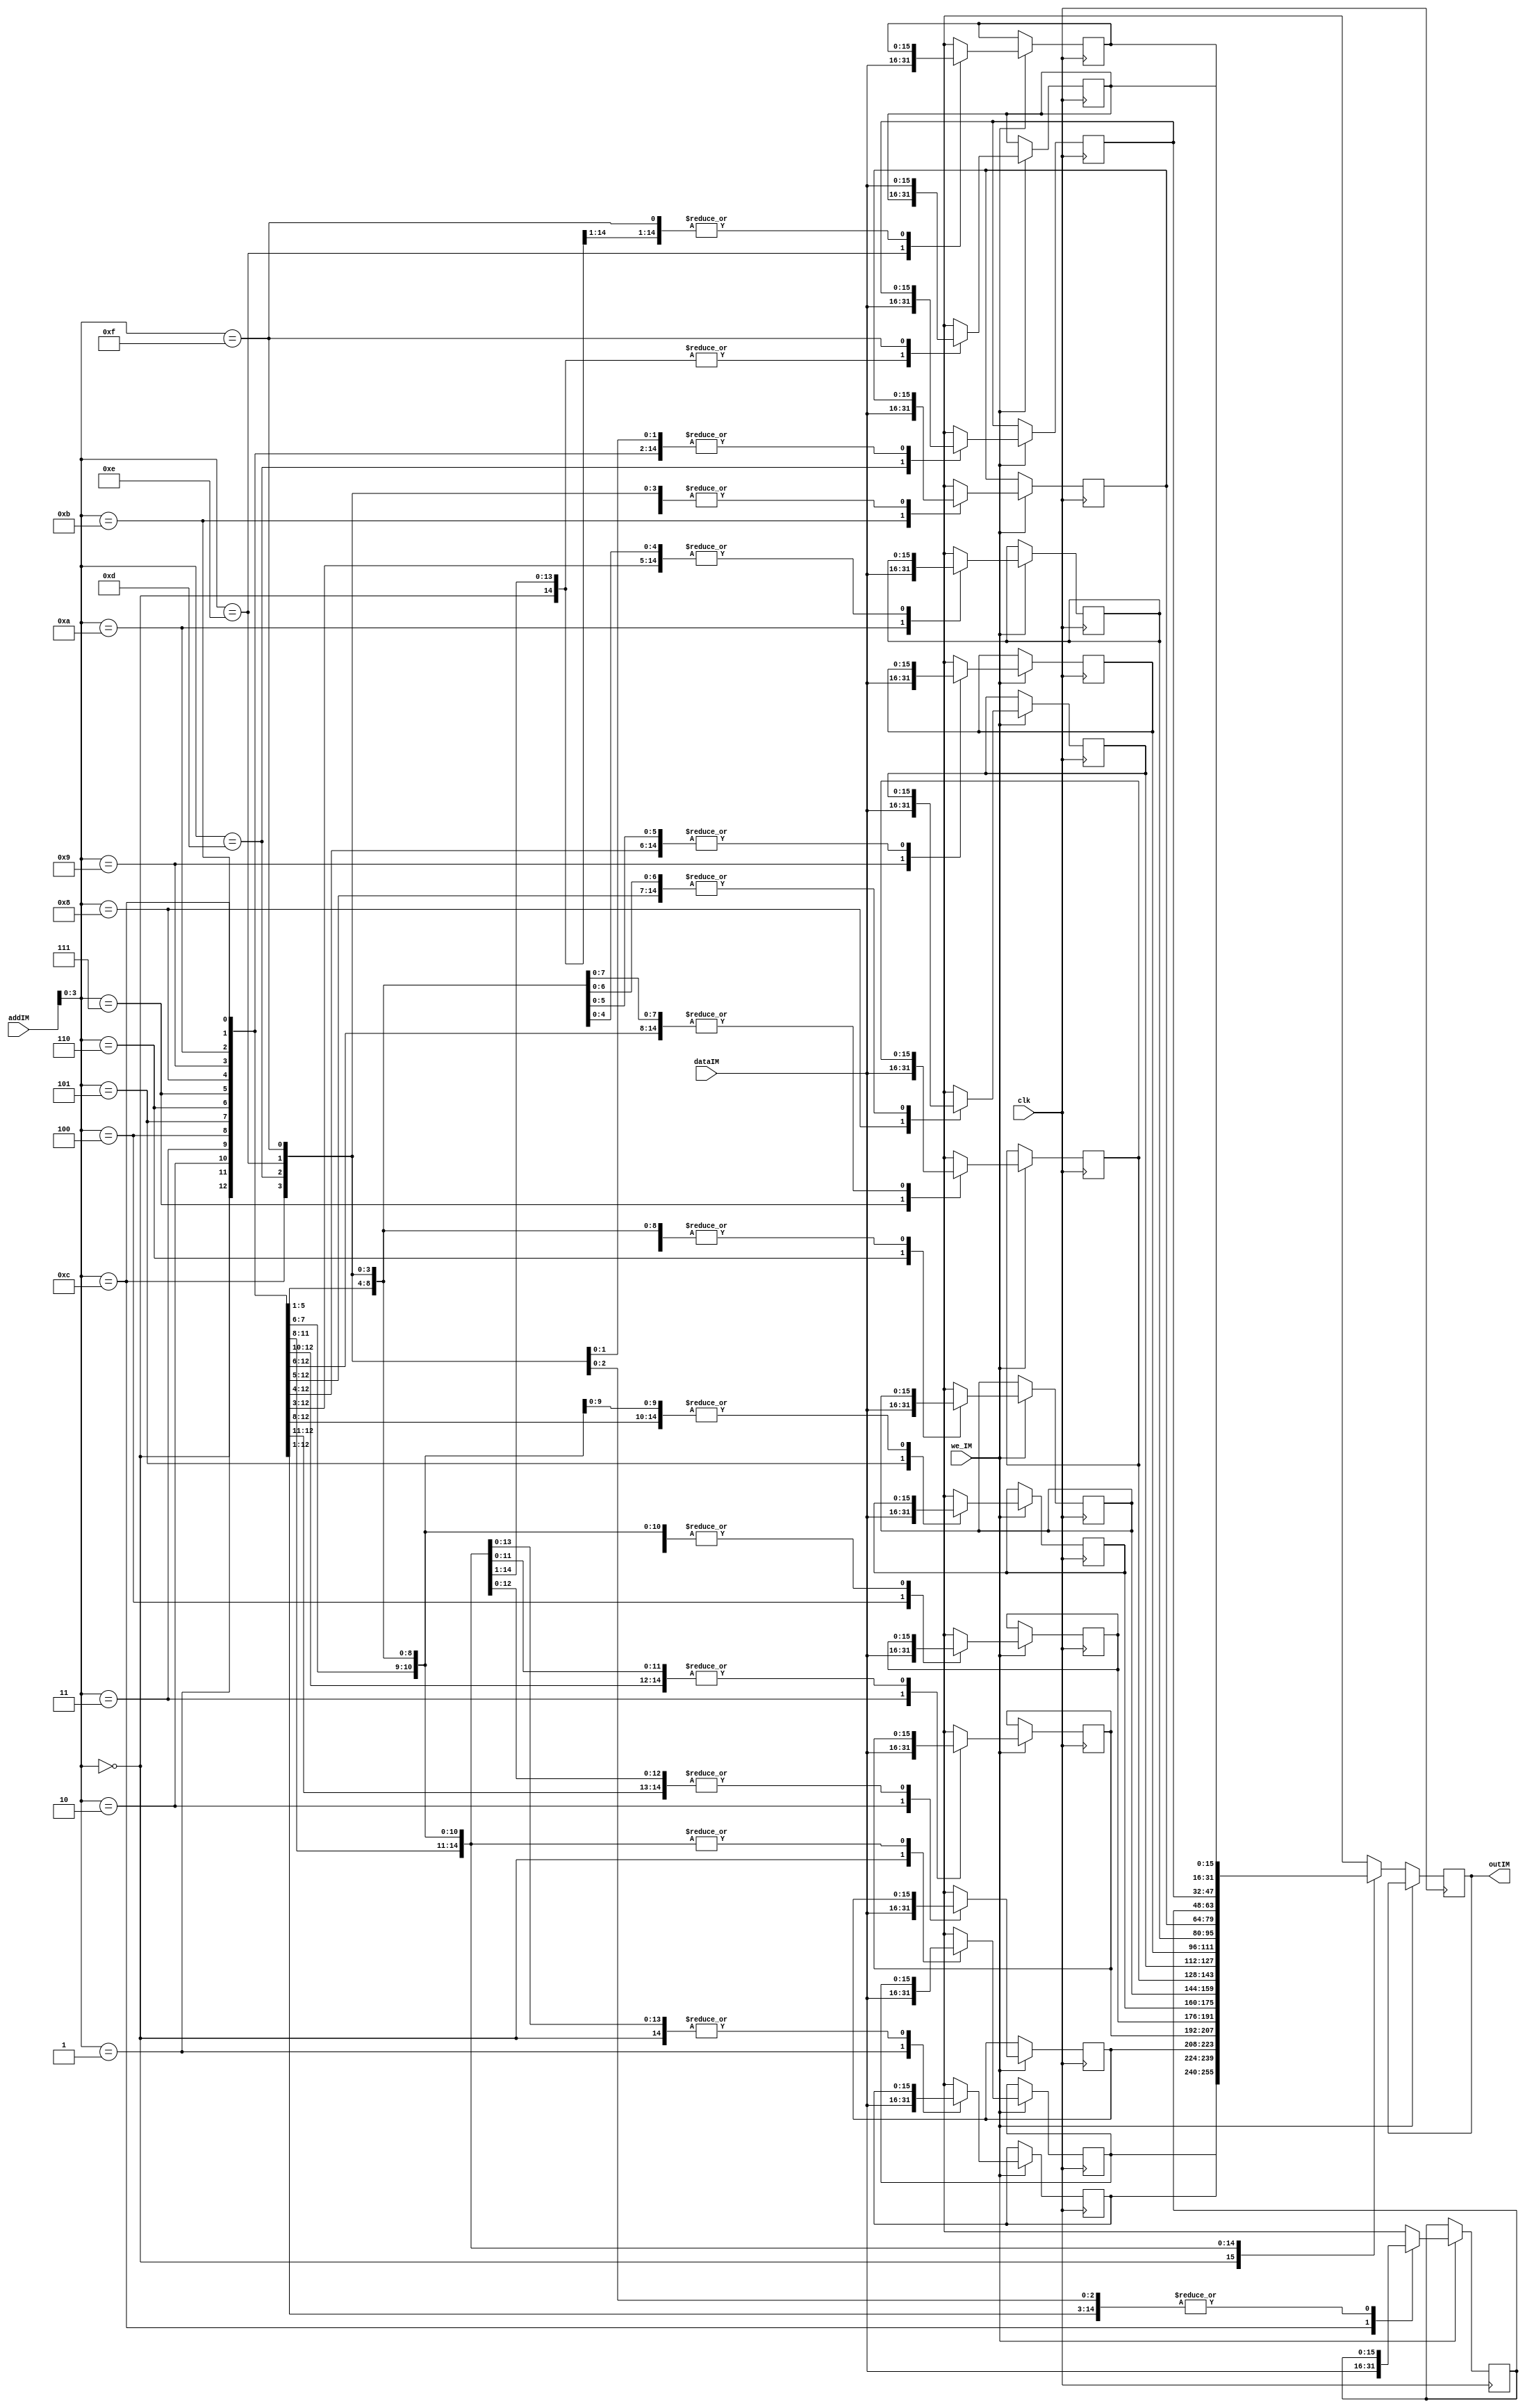
//////////////////////////////////////////////////////////////////////
//	Program to realise Instmemory in the CPU		/////
////////////////////////////////////////////////////////////////////

module instmem(clk, we_IM, dataIM, addIM, outIM);
input clk;
input we_IM;
input [15:0] dataIM;
input [11:0] addIM;
output [15:0] outIM;

reg [15:0] outIM;

// Memory is an array stored at particular address

reg [15:0] mem [0 : 15];

always@(posedge clk)
begin
	if (we_IM == 1) begin
	mem[addIM] = dataIM;
	end
	
	else if (we_IM == 0) begin
	outIM = mem[addIM];
	end
end
endmodule

////////////////////////////////////////////////////////////////////////
//	Test bench for the Instruction memory design used	///////
//////////////////////////////////////////////////////////////////////
module tb_instmem();
reg clk;
reg we_IM;
reg [15:0] dataIM;
reg [11:0] addIM;
wire [15:0] outIM;

// Instantiation of the design
instmem d1 (.clk(clk), .we_IM(we_IM), .dataIM(dataIM), .addIM(addIM), .outIM(outIM));


// Initialization of signals
initial
begin
	clk <= 0;
	we_IM <= 0;
	dataIM <= 16'h0000;
	addIM <= 12'h000;
end

// Clock setup
always #5 clk = ~clk;

// Address setup 
always #60 addIM = addIM + 12'h001;

// Stimulus
initial 
begin
	#5 we_IM <= 1;
	#5 dataIM <= 16'h0234;
	#30 we_IM <= 0;

	#60 we_IM <= 1;
	#60 dataIM <= 16'h0381;
	#90 we_IM <= 0;
end
endmodule